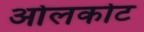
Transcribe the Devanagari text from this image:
ओलकोट